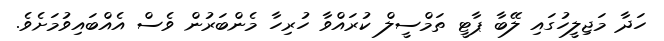
ހަދާ މަޖިލީހުގައި ލޭބާ ޕާޓީ ތަމްސީލް ކުރައްވާ ހުރިހާ މެންބަރުން ވެސް އެއްބައިވުމަށެވެ.